Vaccination in Bombay 1869-1873 - 1869-1873
Year: 1869
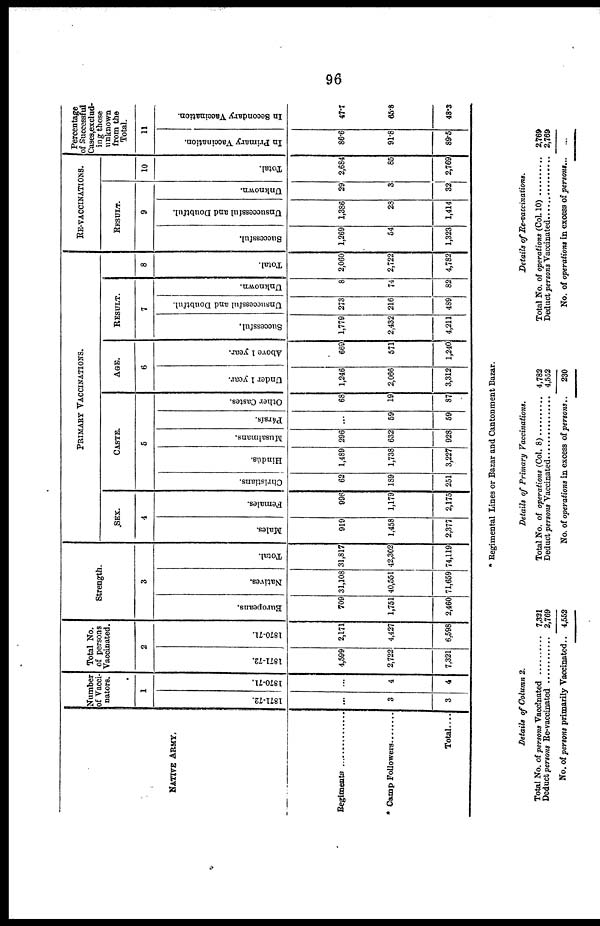
96
NATIVE ARMY.
Regiments ...........................
* Camp Followers .........
Total....
Number
of Vacci¬
nators.
1
1871-72.
...
3
3
1870-71.
...
4
4
Total No.
of persons
Vaccinated.
2
1871-72.
4,599
2,722
7,321
1870-71.
2,171
4,427
6,598
Strength.
3
Europeans.
709
1,751
2,460
Natives.
31,108
40,551
71,659
Total.
31,817
42,302
74,119
PRIMARY VACCINATIONS.
SEX.
4
Males.
919
1,458
2,377
Females.
996
1,179
2,175
CASTE.
5
Christians.
62
189
251
Hindús.
1,489
1,738
3,227
Musalmans.
296
632
928
Pársís.
...
59
59
Other Castes.
68
19
87
AGE.
6
Under 1 year.
1,246
2,066
3,312
Above 1 year.
669
571
1,240
RESULT.
7
Successful.
1,779
2,432
4,211
Unsuccessful and Doubtful.
273
216
489
Unknown.
8
74
82
8
Total.
2,060
2,722
4,782
RE-VACCINATIONS.
RESULT.
9
Successful.
1,269
54
1,323
Unsuccessful and Doubtful.
1,386
28
1,414
Unknown.
29
3
32
10
Total.
2,684
85
2,769
Percentage
of Successful
Cases,exclud¬
ing those
unknown
from the
Total.
11
In Primary Vaccination.
86.6
91.8
89.5
In Secondary Vaccination.
47.7
65.8
48.3
* Regimental Lines or Bazar and Cantonment Bazar.
Details of Column 2.
Total No. of persons Vaccinated ...............
Deduct persons Re-vaccinated ..................
No. of persons primarily Vaccinated..
7,321
2,769
4,552
Details of Primary
Vaccinations.
Total No. of operations (Col. 8) ...............
Deduct persons Vaccinated .....................
No. of operations in excess of persons..
4,782
4,552
230
Details of Re-vaccinations.
Total No. of operations (Col. 10) ...............
Deduct persons Vaccinated ........................
No. of operations in excess of persons...
2,169
2,769
...